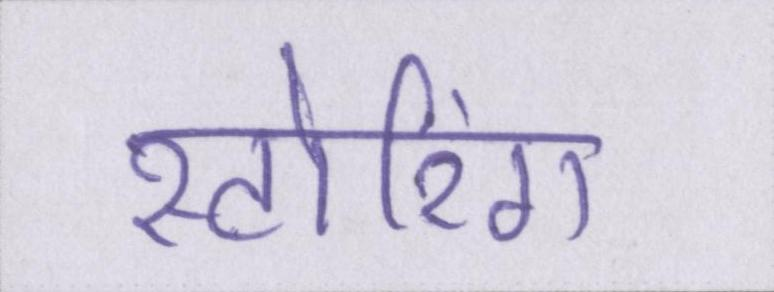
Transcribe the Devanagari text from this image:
स्टोरिंग